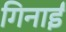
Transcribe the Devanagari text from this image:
गिनाईं